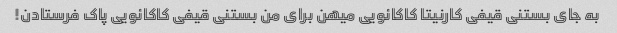
به جای بستنی قیفی کارنیتا کاکائویی میهن برای من بستنی قیفی کاکائویی پاک فرستادن!